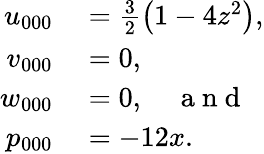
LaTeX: \begin{array}{rl}{u_{000}}&{{}=\frac{3}{2}\left(1-4z^{2}\right),}\\ {v_{000}}&{{}=0,}\\ {w_{000}}&{{}=0,\quad\mathrm{~a~n~d~}}\\ {p_{000}}&{{}=-12x.}\end{array}